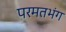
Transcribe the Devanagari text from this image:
परमतभंग